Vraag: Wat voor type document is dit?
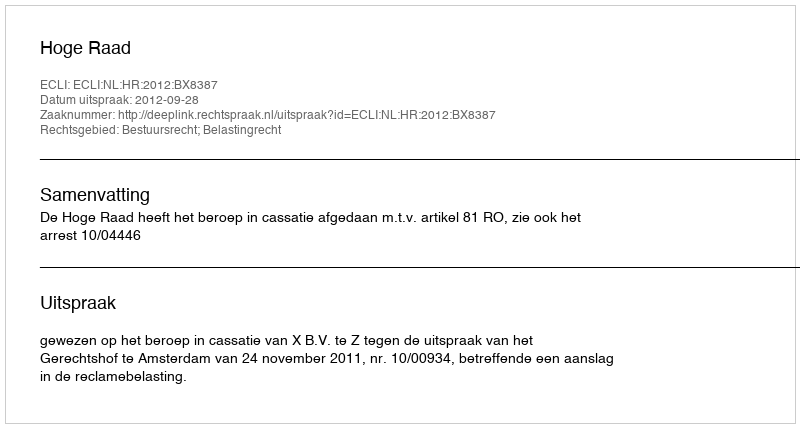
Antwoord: Uitspraak